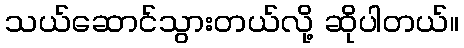
သယ်ဆောင်သွားတယ်လို့ ဆိုပါတယ်။